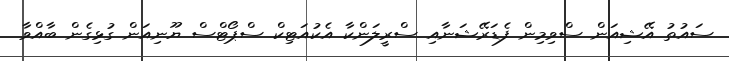
ސައުތު އޭޝިއަން ސްވިމިން ފެޑަރޭޝަނާއި ސްރީލަންކާ އެކުއަޓިކް ސްޕޯޓްސް ޔޫނިއަން ގުޅިގެން ބާއްވާ